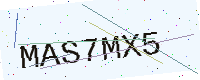
Text: MAS7MX5